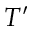
T ^ { \prime }